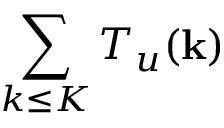
\sum _ { k \le K } T _ { u } ( { \bf k } )